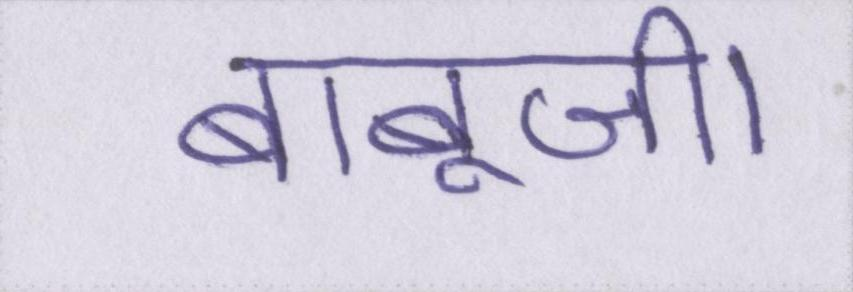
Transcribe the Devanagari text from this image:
बाबूजी।